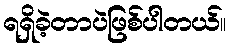
ရရှိခဲ့တာပဲဖြစ်ပါတယ်။